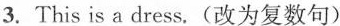
3. This is a dress.(改为复数句)